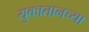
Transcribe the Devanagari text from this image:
युकातानच्या